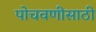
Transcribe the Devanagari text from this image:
पोचवणीसाठी